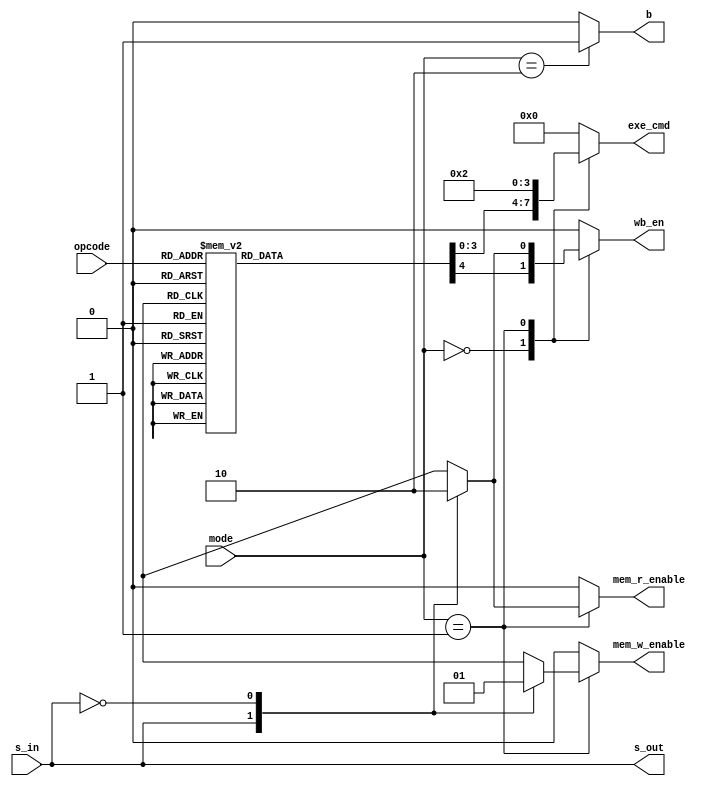
`define MOV 4'b1101
`define MVN 4'b1111
`define ADD 4'b0100
`define ADC 4'b0101
`define SUB 4'b0010
`define SBC 4'b0110
`define AND 4'b0000
`define OR  4'b1100
`define EOR 4'b0001
`define CMP 4'b1010
`define TST 4'b1000

`define RT 2'b00
`define MT 2'b01
`define BT 2'b10

`define LDR 1'b1
`define STR 1'b0

module ID_controller(opcode, mode, s_in, wb_en, 
		mem_r_enable, mem_w_enable, exe_cmd, b, s_out);
input [3:0] opcode;
input [1:0] mode;
input s_in;
output reg wb_en, mem_r_enable, mem_w_enable, b;
output s_out;
output reg [3:0] exe_cmd;

assign s_out = s_in;

always @(mode, opcode, s_in) begin
	{wb_en, mem_r_enable, mem_w_enable, b, exe_cmd} = 8'd0;
	case(mode)
	`RT : begin
			case(opcode)
				`MOV: begin exe_cmd = 4'b0001; wb_en = 1'b1; end
				`MVN: begin exe_cmd = 4'b1001; wb_en = 1'b1; end
				`ADD: begin exe_cmd = 4'b0010; wb_en = 1'b1; end
				`ADC: begin exe_cmd = 4'b0011; wb_en = 1'b1; end
				`SUB: begin exe_cmd = 4'b0100; wb_en = 1'b1; end
				`SBC: begin exe_cmd = 4'b0101; wb_en = 1'b1; end
				`AND: begin exe_cmd = 4'b0110; wb_en = 1'b1; end
				`OR:  begin exe_cmd = 4'b0111; wb_en = 1'b1; end
				`EOR: begin exe_cmd = 4'b1000; wb_en = 1'b1; end
				`CMP: exe_cmd = 4'b0100;
				`TST: exe_cmd = 4'b0110;
			endcase
		end
	`MT : begin
			case(s_in)
				`LDR : begin exe_cmd = 4'b0010; mem_r_enable = 1'b1; wb_en = 1'b1; end
				`STR : begin exe_cmd = 4'b0010; mem_w_enable = 1'b1; wb_en = 1'b0; end
			endcase
		end
	`BT : b = 1'b1;
	endcase
end
endmodule